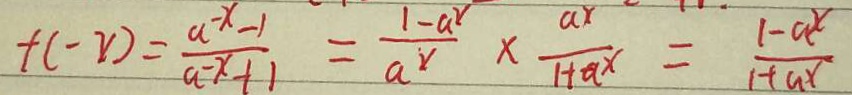
f ( - x ) = \frac { a - x - 1 } { a - x + 1 } = \frac { 1 - a ^ { x } } { a ^ { x } } \times \frac { a x } { 1 + a x } = \frac { 1 - a ^ { x } } { 1 + a x }